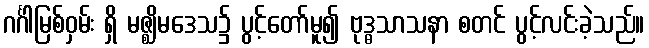
ဂင်္ဂါမြစ်ဝှမ်း ရှိ မဇ္ဈိမဒေသ၌ ပွင့်တော်မူ၍ ဗုဒ္ဓသာသနာ စတင် ပွင့်လင်းခဲ့သည်။